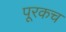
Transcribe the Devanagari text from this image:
पूरकच